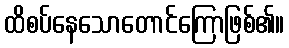
ထိစပ်နေသောတောင်ကြောဖြစ်၏။